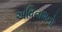
અવિનાશનો